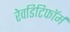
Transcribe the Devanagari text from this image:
रेवडिटिफॉर्म